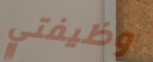
وظيفتي